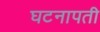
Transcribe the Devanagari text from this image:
घटनापती